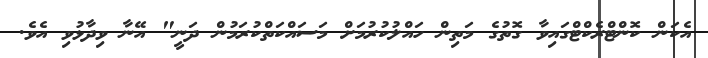
އެކަން ކޮންޓްރެކްޓްގައިވާ ގޮތުގެ މަތިން ހައްލުކުރުމަށް މަސައްކަތްކުރަމުން ދަނީ" އޭނާ ވިދާޅުވި އެވެ.